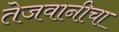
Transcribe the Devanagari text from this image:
तेजवानीचा